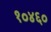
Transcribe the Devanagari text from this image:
१०४६०